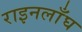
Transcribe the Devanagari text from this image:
राइनलाँघ